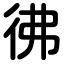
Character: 彿